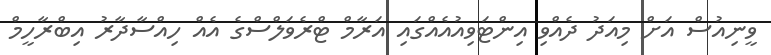
ވީނިއުސް އަށް މިއަދު ދެއްވި އިންޓަވިއުއެއްގައި އަރާމް ޓްރެވަލްސްގެ އެއް ހިއްސާދާރު އިބްރާހީމް